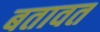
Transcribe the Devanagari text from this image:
बतावत